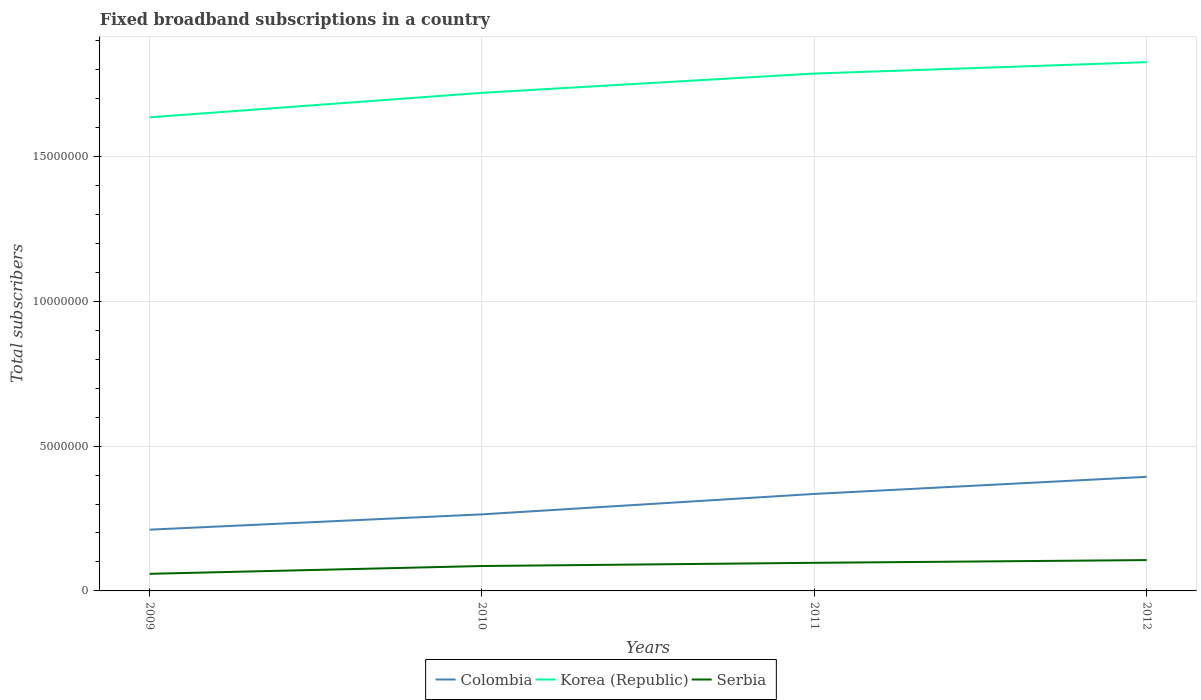
| Years | Colombia | Korea (Republic) | Serbia |
 | --- | --- | --- | --- |
 | 2009 | 2.11e+06 | 1.63e+07 | 5.91e+05 |
 | 2010 | 2.64e+06 | 1.72e+07 | 8.6e+05 |
 | 2011 | 3.35e+06 | 1.79e+07 | 9.7e+05 |
 | 2012 | 3.94e+06 | 1.83e+07 | 1.06e+06 |